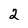
Character: 2